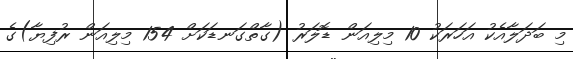
މި ބަދަލާއެކު އަހަރަކު 10 މިލިއަން ޑޮލަރު (ގާތްގަނޑަކަށް 154 މިލިއަން ރުފިޔާ)ގެ